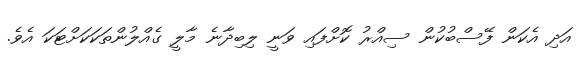
އަދި އެކަން ފޭސްބުކުން ސިއްރު ކޮށްފައި ވަނީ ލިބިދާނެ މާލީ ގެއްލުންތަކަކަށްޓަކަ އެވެ.